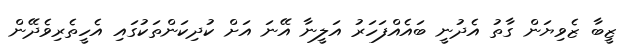
ޒީބާ ޒެވިޔަން ގާތު އެދުނީ ބައެއްފަހަރު އަލީނާ އޭނަ އަށް ކުދިކަންތަކުގައި އެހީތެރިވެދޭން